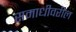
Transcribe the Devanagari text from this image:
समाधीवरील